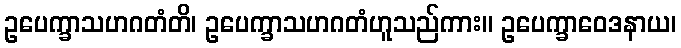
ဥပေက္ခာသဟဂတံတိ၊ ဥပေက္ခာသဟဂတံဟူသည်ကား။ ဥပေက္ခာဝေဒနာယ၊